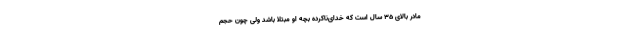
مادر بالای ۳۵ سال است که خدای‌ناکرده بچه او مبتلا باشد ولی چون حجم